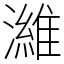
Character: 濰